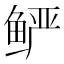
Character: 𲍓